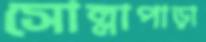
সোল্লাপাড়া